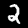
Digit: 2